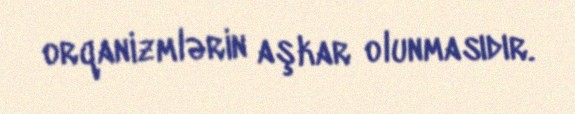
orqanizmlərin aşkar olunmasıdır.